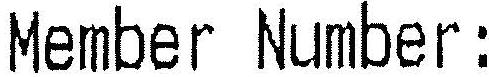
MEMBER NUMBER :